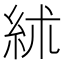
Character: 絉